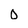
Character: O